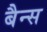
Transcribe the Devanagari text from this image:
बैन्स